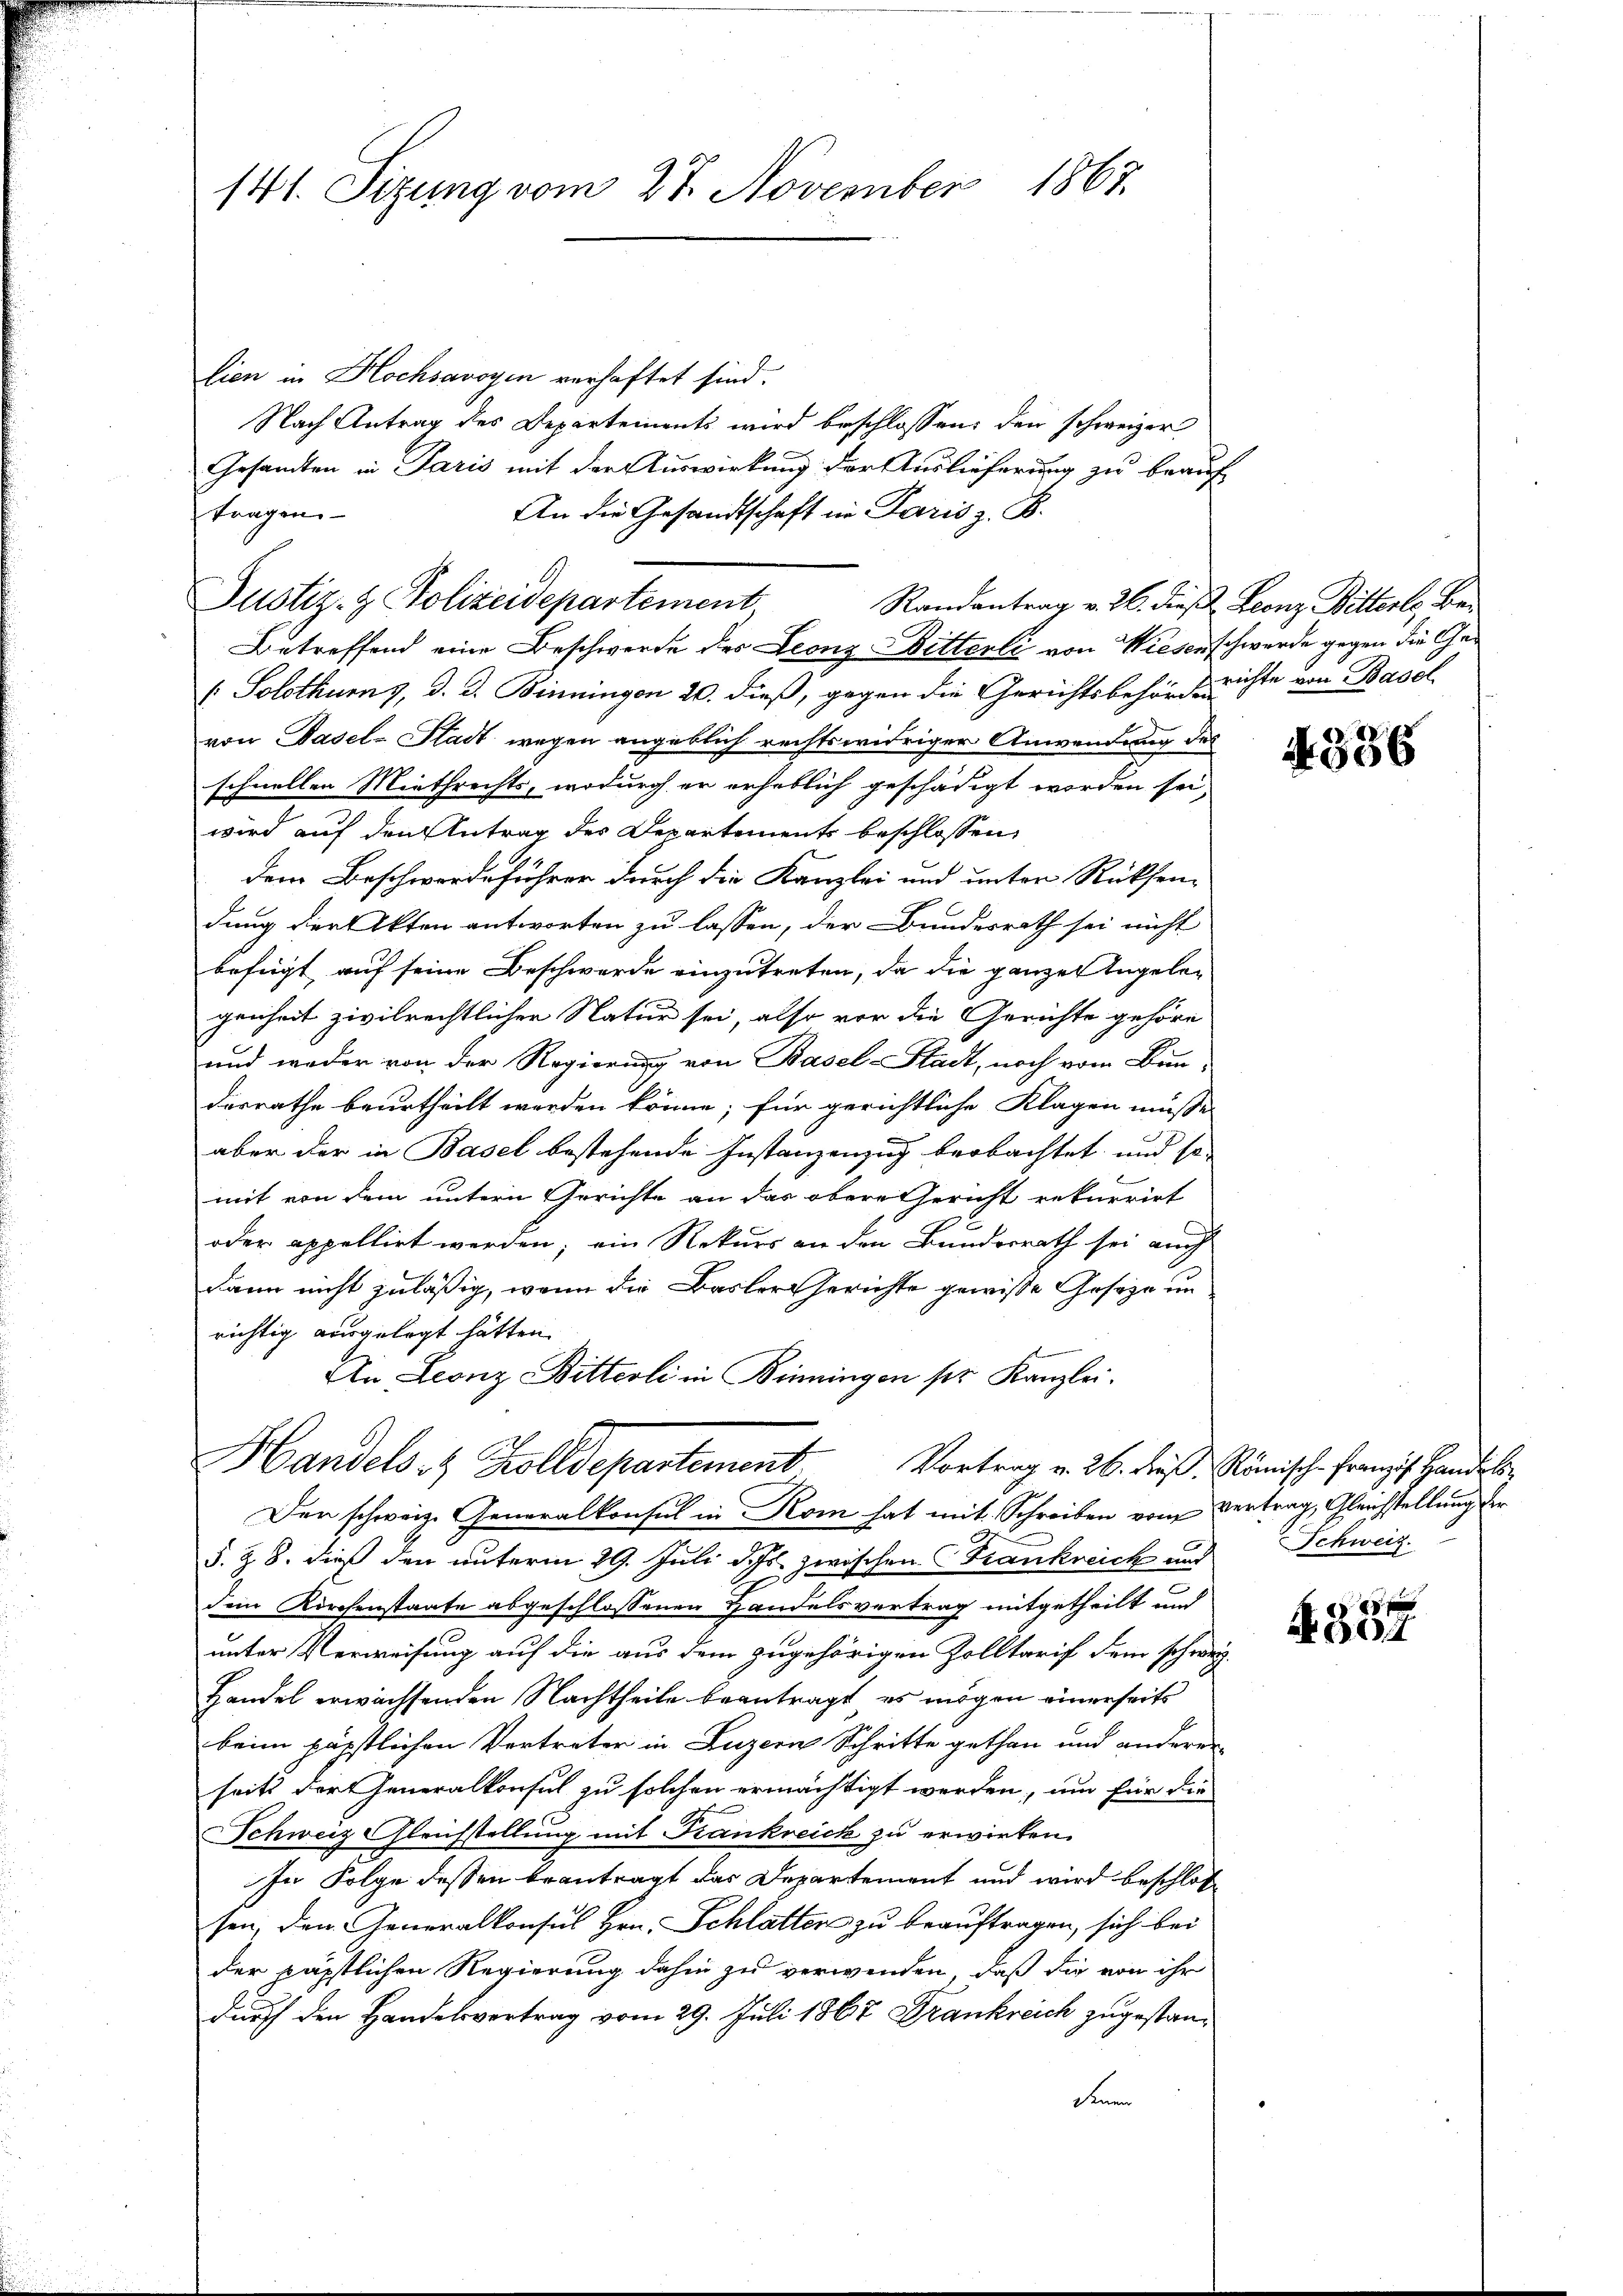
141. Sitzung vom 27. November 1867.

lien in Hochsavoyen verhaftet sind.
Nach Antrag des Departements wird beschlossen: den schweizer
Gesandten in Paris mit der Auswirkung der Auslieferung zu beauf
An die Gesandtschaft in Paris z. B.
tragen
Randantrag v. 26. dieß Leonz Bitterls Be¬
Betreffend eine Beschwerde des Leonz Witterli von Wiesenschwerde gegen die Ge¬
(Solothurn, d. d. Binningen 20. dieß, gegen die Gerichtsbehörderichte von Basel
von Basel-Stadt wegen angeblich rechtswidriger Anwendung des
schnellen Miethrechts, wodurch er erheblich geschädigt worden sei,
wird auf den Antrag der Departements beschlossen,
dem Beschwerdeführer durch die Kanzlei und unter Rücksendung der Akten antworten zu lassen, der Bundesrath sei nicht
befügt auf seine Beschwerde einzutreten, da die ganzen Angelegenheit zivilrechtlichen Natur sei, also vor die Gerichte gehöre
und weder von der Regierung von Basel-Stadt, noch vom Bun-
desrathe beurtheilt werden könne; für gerichtliche Klagen müsse
aber der in Basel bestehende Instanzenzug beobachtet und so
mit von dem untern Gerichte an das obere Gericht rekurrirt
oder appellirt werden; ein Rekurs an den Bunderrath sei auch
dann nicht zuläßig, wenn die Basler Gerichte gewisse Geseze un
richtig ausgelegt hätten.
An Leonz Bitterli in Binningen ser Kanzlei.
Handels Zolldepartement. Vortrag v. 26. Fuß. Römische Franz Handel
Der schweiz. Generalkonsul in Kom hat mit Schreiben vom Vertrag, Gleichstellung der
§. Z. 8. dieß den unterm 29. Juli d. Js. zwischen Frankreich und Schweiz.
dem Kirchenstaate abgeschlossenen Handelsvertrag mitgetheilt und
unter Verweisung auf die aus dem zugehörigen Zolltarif dem schweiz.
Handel erwachsenden Nachtheile beantragt, es mögen einerseits
beim päpstlichen Vertreter in Luzern Schritte gethan und anderen
seits der Generalkonsul zu solchen ermächtigt werden, um für die
Schweiz Gleichstellung mit Krankreick zu erwirken.
ser Folge dessen beantragt das Departement und wird beschlos
sen, den Generalkonsul Hrn. Schlatten zu beauftragen, sich bei
der päpstlichen Regierung dahin zu verwenden, daß die von ihr
durch den Handelsvertrag vom 29. Juli 1867 Frankreich zugestandenen

Justiz- & Polizeidepartement,

4336

f 45 x
0